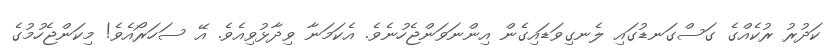
ކަދުރު ރުކެއްގެ ގަސްގަނޑުގައި ލެނގިވަޑައިގެން އިންނަވަންޖެހުނެވެ. އެކަމަނާ ވިދާޅުވިއެވެ. އޭ ސަހަރޯއެވެ! މިކަންޖެހުމުގެ